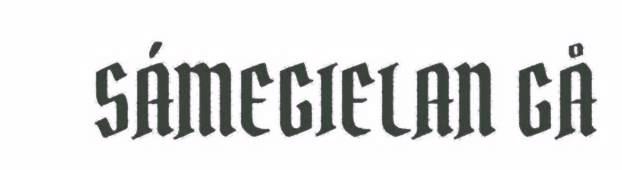
SÁMEGIELAN GÅ